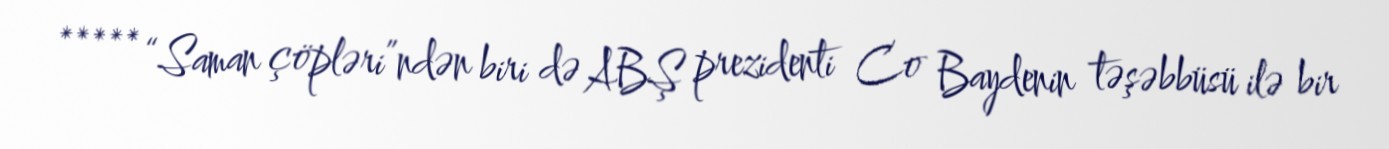
***** “Saman çöpləri”ndən biri də ABŞ prezidenti Co Baydenin təşəbbüsü ilə bir